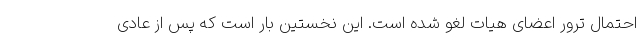
احتمال ترور اعضای هیات لغو شده است. این نخستین بار است که پس از عادی